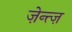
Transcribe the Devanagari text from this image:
ज़ेन्त्ज़